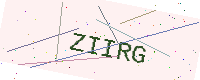
Text: ZIIRG